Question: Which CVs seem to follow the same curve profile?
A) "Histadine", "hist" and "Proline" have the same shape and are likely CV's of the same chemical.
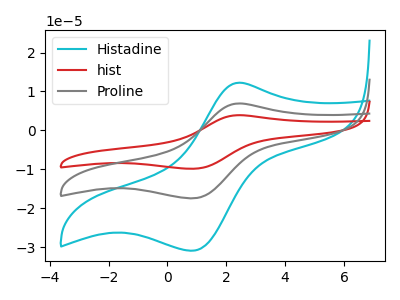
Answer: <think>The cyan curve "Histadine" has an anodic peak at (2.45V, 12.25uA) and a cathodic peak at (0.80V, -30.95uA). The red curve "hist" has an anodic peak at (2.45V, 13.85uA) and a cathodic peak at (0.80V, -34.95uA). The gray curve "Proline" has an anodic peak at (2.45V, 6.90uA) and a cathodic peak at (0.80V, -17.45uA).
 All the peaks in "Histadine" have a peak in "hist" at the same potential. Every peak in "Histadine" is lower than every peak in "hist". All the peaks in "Histadine" have a peak in "Proline" at the same potential. Every peak in "Histadine" is higher than every peak in "Proline". All the peaks in "hist" have a peak in "Proline" at the same potential. Every peak in "hist" is higher than every peak in "Proline".</think>
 <answer>A) "Histadine", "hist" and "Proline" have the same shape and are likely CV's of the same chemical.</answer>
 <eval>A</eval>